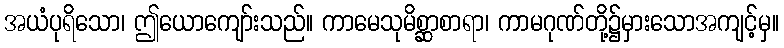
အယံပုရိသော၊ ဤယောကျော်းသည်။ ကာမေသုမိစ္ဆာစာရာ၊ ကာမဂုဏ်တို့၌မှားသောအကျင့်မှ။